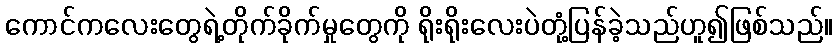
ကောင်ကလေးတွေရဲ့တိုက်ခိုက်မှုတွေကို ရိုးရိုးလေးပဲတုံ့ပြန်ခဲ့သည်ဟူ၍ဖြစ်သည်။